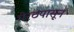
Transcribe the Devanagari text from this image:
मेरठपासून